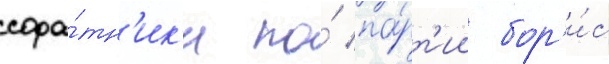
сора́тн'ик'и по́ па́рт'ии бор'и́с